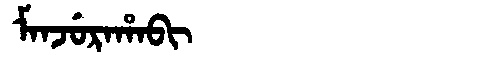
Manchu: ᠮᠠᠨᠵᡠᡵᠠᡥᠠᠪᡳ
Romanization: MANJURAHABI